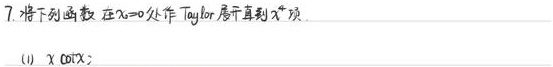
7. 将下列函数在\(x = 0\)处作 Taylor 展开直到\(x^{4}\)项.
(1) \(x\cot x\);